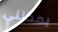
يمكنني